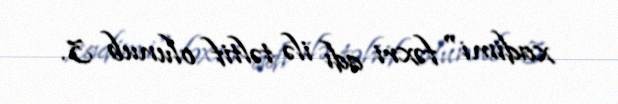
xadimi" fəxri adı ilə təltif olunub 3.